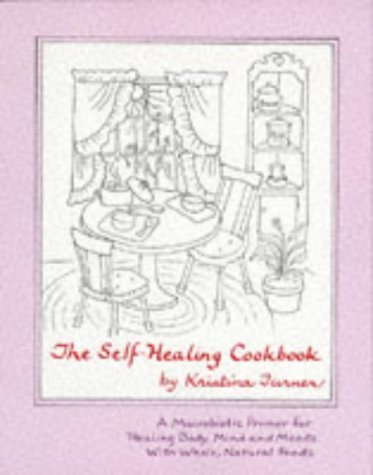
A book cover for The Self Healing Cookbook : A Macrobiotic Primer for Healing Body, Mind and Moods With Whole, Natural Foods Paperback 1996; Kristina Turner; Cookbooks, Food & Wine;